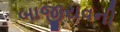
બાજીરાવની